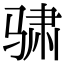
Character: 骕